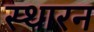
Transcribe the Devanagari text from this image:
स्थारन